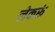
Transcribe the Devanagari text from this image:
लेकरूं